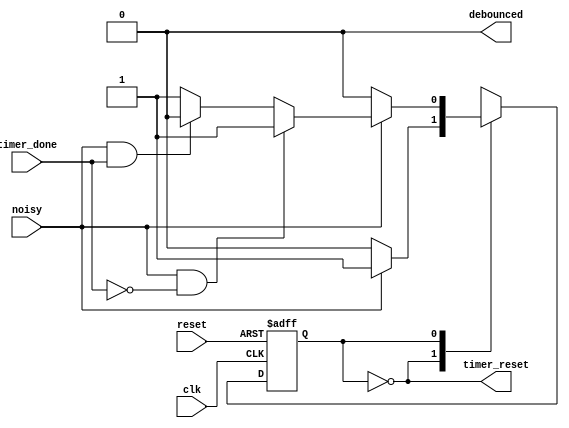
`timescale 1ns / 1ps
//////////////////////////////////////////////////////////////////////////////////
// Company: 
// 
// Design Name: 
// Module Name: debouncer_delay_FSM
// Project Name: 
// Target Devices: 
// Tool Versions: 
// Description: 
// 
// Dependencies: 
// 
// Revision:
// Revision 0.01 - File Created
// Additional Comments:
// 
//////////////////////////////////////////////////////////////////////////////////


module debouncer_delay_FSM(
    input clk,
    input reset,
    input noisy,
    input timer_done,
    output timer_reset,
    output debounced
    );
    
    reg state_reg , state_next;
    parameter s0 = 0 , s1 = 1 , s2 = 2 , s3 = 3;
    
    //sequensial state register
    always@(posedge clk  , negedge reset)
    begin
    
        if(~reset)
            state_reg <= s0;
        else
            state_reg <= state_next;
    
    end
    
    //next state logic 
    always@(*)
    begin
        state_next = state_reg;
        
              case(state_reg)
                    s0 : if(~noisy)
                          state_next = s0;
                          else
                          state_next = s1;
                    s1 : if(~noisy)
                          state_next = s0;
                         else if(noisy & ~timer_done)
                          state_next = s1;
                         else if(noisy & timer_done)
                          state_next = s2;
                    s2 : if(~noisy)
                         state_next = s3;
                         else
                         state_next = s2;    
                    s3 : if(~noisy)
                        state_next = s0;
                        else if(~noisy & ~timer_done)
                        state_next = s3;
                        else if(~noisy & timer_done)
                        state_next = s0; 
                default state_next = s0;
            endcase
    end
    
    //output
    
    assign timer_reset = (state_reg == s0) | (state_reg == s2);
    assign debounced = (state_reg == s2) | (state_reg == s3);
    
    
endmodule